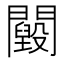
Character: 𨷕